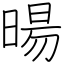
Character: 暘